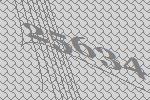
25634